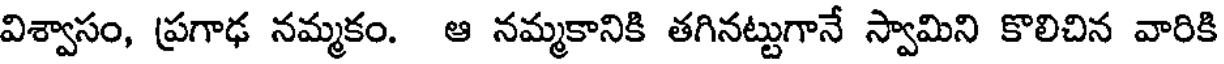
విశ్వాసం, ప్రగాఢ నమ్మకం. ఆ నమ్మకానికి తగినట్టుగానే స్వామిని కొలిచిన వారికి